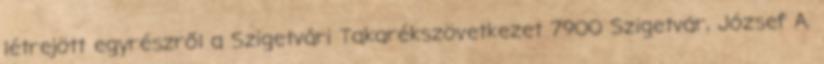
létrejött egyrészről a Szigetvári Takarékszövetkezet 7900 Szigetvár, József A.